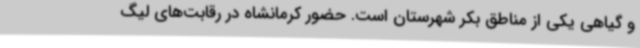
و گیاهی یکی از مناطق بکر شهرستان است. حضور کرمانشاه در رقابت‌های لیگ